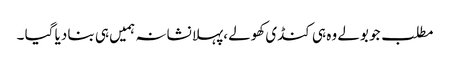
مطلب جو بولے وہ ہی کنڈی کھولے ،پہلا نشانہ ہمیں ہی بنا دیا گیا ۔